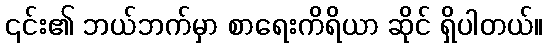
၎င်း၏ ဘယ်ဘက်မှာ စာရေးကိရိယာ ဆိုင် ရှိပါတယ်။